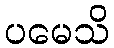
ပမေသိ